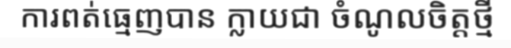
ការពត់ធ្មេញបាន ក្លាយជា ចំណូលចិត្តថ្មី